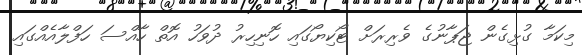
މިކަމާ ގުޅިގެން ޖަޕާނުގެ ވެރިރަށް ޓޯކިޔޯގައި ހޮނިހިރު ދުވަހު އޮތް ހާއްސަ ހަފްލާއެއްގައި